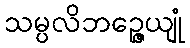
သမ္ပလိဘဉ္ဇေယျုံ